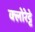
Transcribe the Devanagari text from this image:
क्‍लोरेट्टे